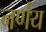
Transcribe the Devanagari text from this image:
नर्णय